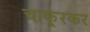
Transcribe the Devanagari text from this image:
चाकूरकर